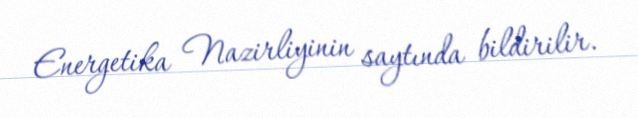
Energetika Nazirliyinin saytında bildirilir.